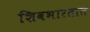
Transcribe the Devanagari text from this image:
शिवभारतात